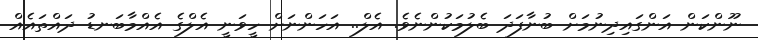
ނޫންކަން އަންގައިދިނުމަށް ބުނާފަދަ ބެލުމަކުންނެވެ. އެލް.. އަހަންނަށް ހީވަނީ އެލްގެ އެއްމާބަނޑު ދައްތައެއް